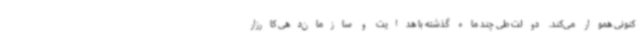
کنونی هموار می‌کند. دولت طی چند ماه گذشته با هدایت و سازمان‌دهی کارزار